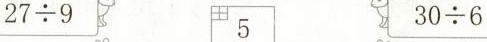
$$2 7 \div 9$$ 5 $$3 0 \div 6$$